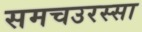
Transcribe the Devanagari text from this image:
समचउरस्सा